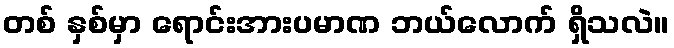
တစ် နှစ်မှာ ရောင်းအားပမာဏ ဘယ်လောက် ရှိသလဲ။